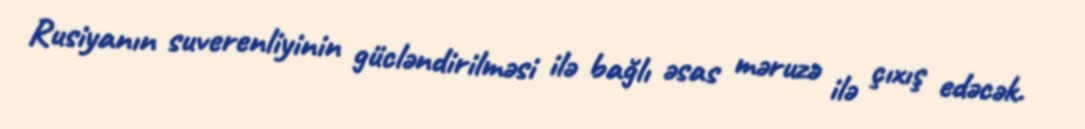
Rusiyanın suverenliyinin gücləndirilməsi ilə bağlı əsas məruzə ilə çıxış edəcək.